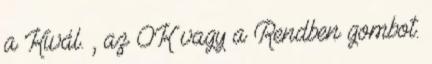
a Kivál. , az OK vagy a Rendben gombot.